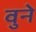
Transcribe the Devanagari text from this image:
वुने